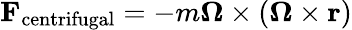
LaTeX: \mathbf{F}_{\mathrm{centrifugal}}=-m{\boldsymbol{\Omega}}\times({\boldsymbol{\Omega}}\times\mathbf{r})